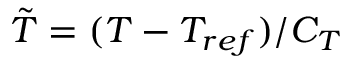
\tilde { T } = ( T - T _ { r e f } ) / C _ { T }